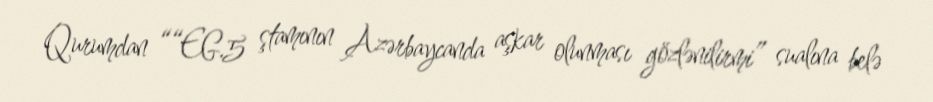
Qurumdan ““EG.5 ştamının Azərbaycanda aşkar olunması gözlənilirmi” sualına belə